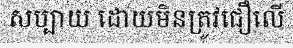
សប្បាយ ដោយមិនត្រូវជឿលើ